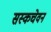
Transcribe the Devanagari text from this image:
सस्कचेवन